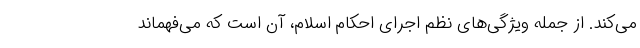
می‌کند. از جمله ویژگی‌های نظم اجرای احکام اسلام، آن‌ است که می‌فهماند